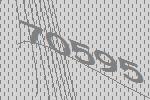
70595